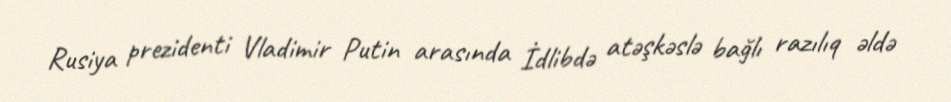
Rusiya prezidenti Vladimir Putin arasında İdlibdə atəşkəslə bağlı razılıq əldə